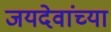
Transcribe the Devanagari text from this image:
जयदेवांच्या